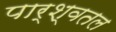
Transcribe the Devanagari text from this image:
पार्श्वतल